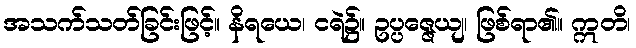
အသက်သတ်ခြင်းဖြင့်။ နိရယေ၊ ငရဲ၌။ ဥပ္ပဇ္ဇေယျ၊ ဖြစ်ရာ၏။ ဣတိ၊